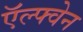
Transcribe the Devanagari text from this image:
ऍल्फ्वेन